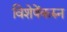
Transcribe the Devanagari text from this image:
विशेषेंकरुन